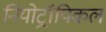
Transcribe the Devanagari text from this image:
नियोट्रॉपिकल